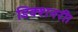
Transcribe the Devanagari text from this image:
डिक्शनरी।